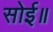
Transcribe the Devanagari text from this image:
सोई॥